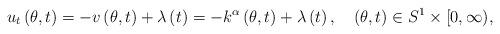
LaTeX: \begin{align*}u_{t}\left( \theta,t\right) =-v\left( \theta,t\right) +\lambda\left(t\right) =-k^{\alpha}\left( \theta,t\right) +\lambda\left( t\right),\ \ \ \left( \theta,t\right) \in S^{1}\times\lbrack0,\infty),\end{align*}